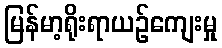
မြန်မာ့ရိုးရာယဉ်ကျေးမှု